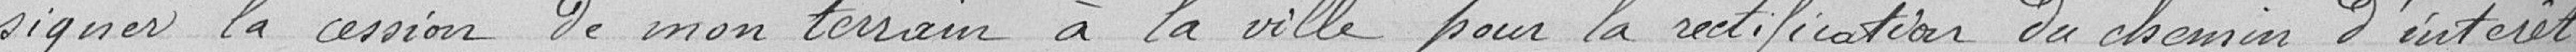
signer la cession de mon terrain à la ville, pour la rectification du chemin d’intérêt